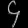
Digit: ၄